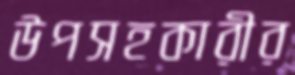
উপসহকারীর